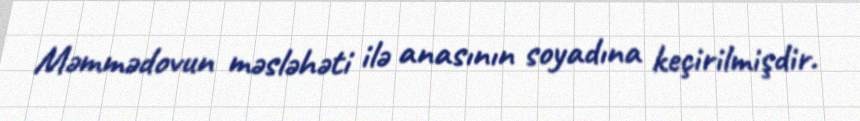
Məmmədovun məsləhəti ilə anasının soyadına keçirilmişdir.